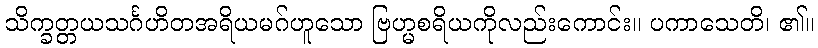
သိက္ခတ္တယသင်္ဂဟိတအရိယမဂ်ဟူသော ဗြဟ္မစရိယကိုလည်းကောင်း။ ပကာသေတိ၊ ၏။